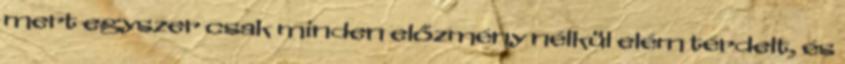
mert egyszer csak minden előzmény nélkül elém térdelt, és